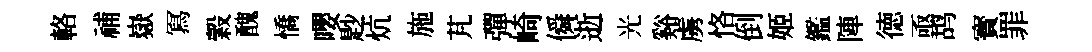
輅𥙷嶽冩穀醜憍嚶尟炕施芃彈崎僢逝光谿虜恪倒姬鑑陣徳亟鸪寳罪